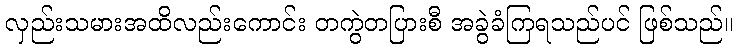
လှည်းသမားအထိလည်းကောင်း တကွဲတပြားစီ အခွဲခံကြရသည်ပင် ဖြစ်သည်။